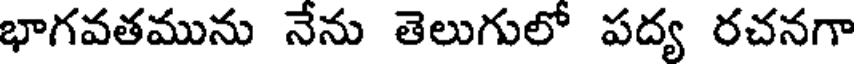
భాగవతమును నేను తెలుగులో పద్య రచనగా